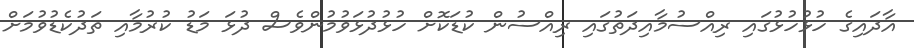
އާދައިގެ ހުޅުހުޅުގައި ރިއްސުމާއިދަތުގައި ރިއްސުން ކުޑަކޮށް ހުޅުދުޅަވުމުންވެސް ދުޅަ މަޑު ކުރުމާއި ތަދުކެޑުވުމަށް